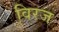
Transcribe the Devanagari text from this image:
विरज